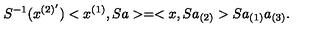
S ^ { - 1 } ( x ^ { ( 2 ) ^ { \prime } } ) < x ^ { ( 1 ) } , S a > = < x , S a _ { ( 2 ) } > S a _ { ( 1 ) } a _ { ( 3 ) } .